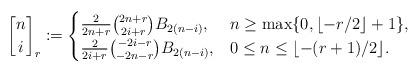
LaTeX: \begin{align*} {n\brack i}_r:= \begin{cases} \frac{2}{2n+r}{2n+r\choose 2i+r}B_{2(n-i)}, & n\ge\operatorname{max}\{0,\lfloor-r/2\rfloor+1\}, \\ \frac{2}{2i+r}{-2i-r\choose -2n-r}B_{2(n-i)}, & 0\le n\le\lfloor-(r+1)/2\rfloor.\end{cases}\end{align*}